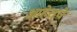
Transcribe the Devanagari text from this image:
आहेराचे